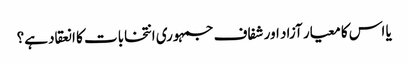
یا اس کا معیار آزاد اور شفاف جمہوری انتخابات کا انعقاد ہے؟